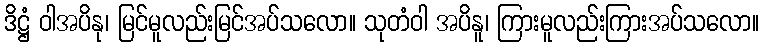
ဒိဋ္ဌံ ဝါအပိနု၊ မြင်မူလည်းမြင်အပ်သလော။ သုတံဝါ အပိနူ၊ ကြားမူလည်းကြားအပ်သလော။